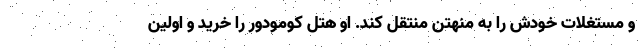
و مستغلات خودش را به منهتن منتقل کند. او هتل کومودور را خرید و اولین